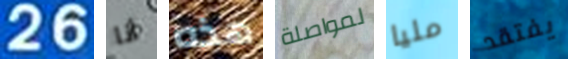
26 أنا هذه لمواصلة مليا يفتقد